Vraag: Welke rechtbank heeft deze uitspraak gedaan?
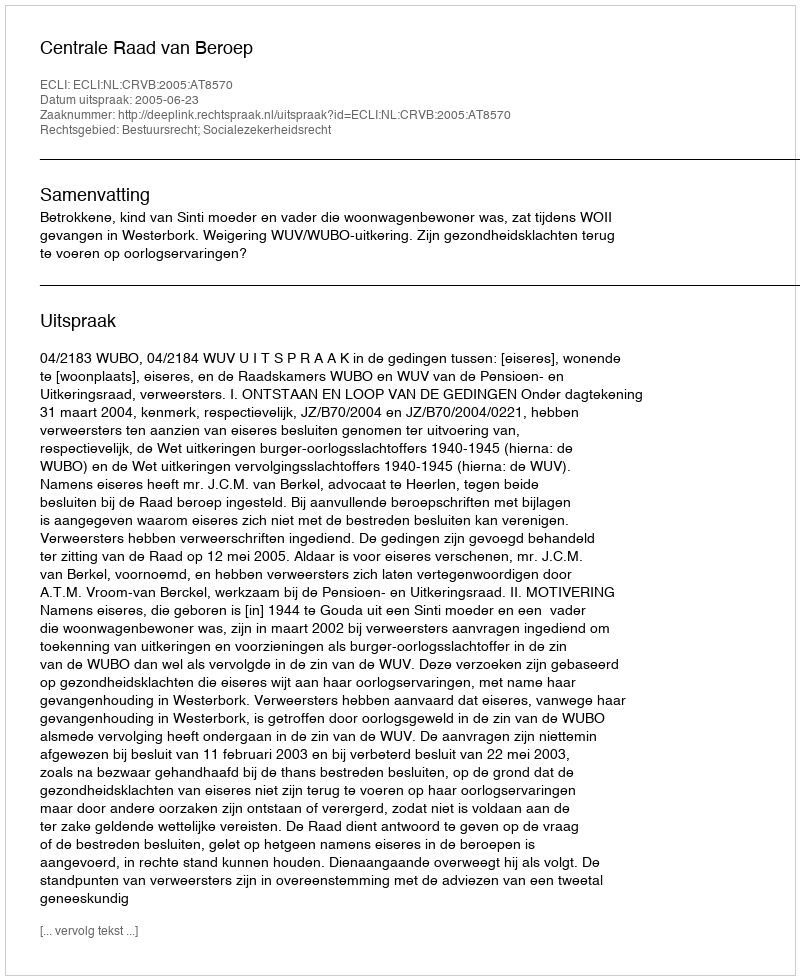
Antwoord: Centrale Raad van Beroep